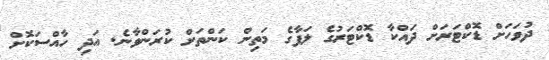
ދުވަހަށް ޑޮކްޓަރަށް ދައްކާ ޑޮކްޓަރުގެ ލަފާގެ މަތިން ކަންތަށް ކުރަންވާނެ